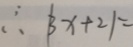
\therefore \vert 3 x + 2 \vert =